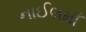
નાઈલમાઁ